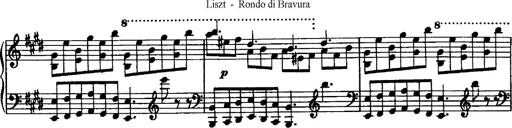
Title: Rondo di bravura
Composer: Franz Liszt